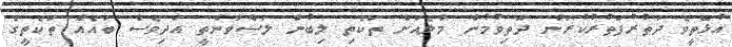
އުޅޭތީވެ ދަތުރުފަތުރުކުރަން ދަތިވުމުން މާލެއަށް ތަކެތި ލިބުން ލަސްވާނެތީ އަދިވެސް ބައެއް ތަކެތީގެ